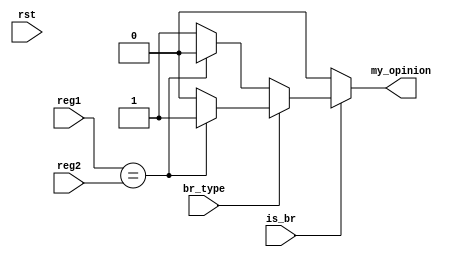
module Condition_check (
  input rst,
  input [31:0] reg1,
  input [31:0] reg2,
  input is_br,
  input br_type,

  output my_opinion
);

  assign my_opinion = (is_br == 1'b0) ? 1'b0 :
                      (br_type == 1'b1 ) ? (reg1 == reg2)? 1'b1: 1'b0 :
                      (br_type == 1'b0 ) ? (reg1 == reg2)? 1'b0: 1'b1 :
                      1'b0;

endmodule // Condition_check